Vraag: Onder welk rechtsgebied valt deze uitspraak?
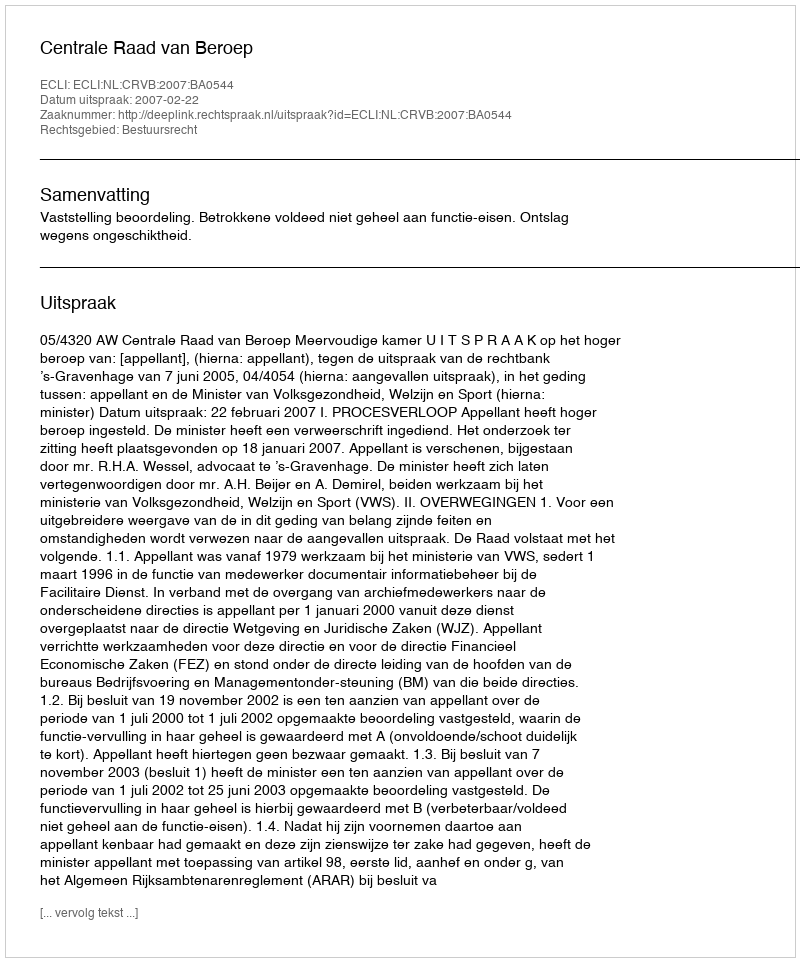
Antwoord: Bestuursrecht